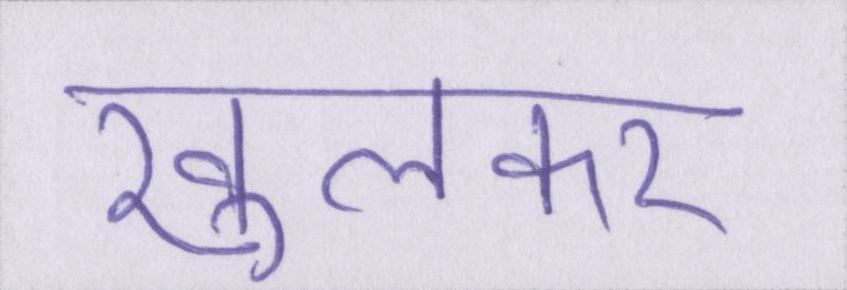
खुलकर